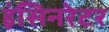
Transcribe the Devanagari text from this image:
इंसिनरेटर